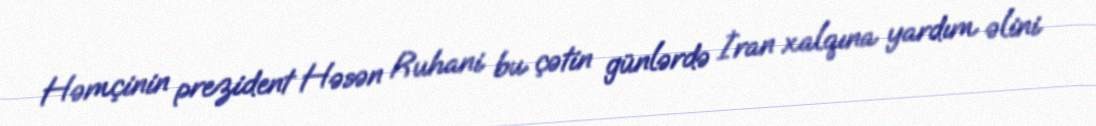
Həmçinin prezident Həsən Ruhani bu çətin günlərdə İran xalqına yardım əlini